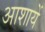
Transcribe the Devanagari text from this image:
आशायें